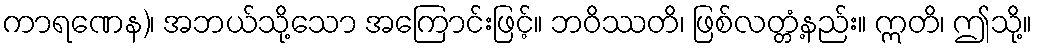
ကာရဏေန)၊ အဘယ်သို့သော အကြောင်းဖြင့်။ ဘဝိဿတိ၊ ဖြစ်လတ္တံ့နည်း။ ဣတိ၊ ဤသို့။